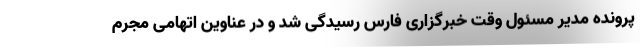
پرونده مدیر مسئول وقت خبرگزاری فارس رسیدگی شد و در عناوین اتهامی مجرم